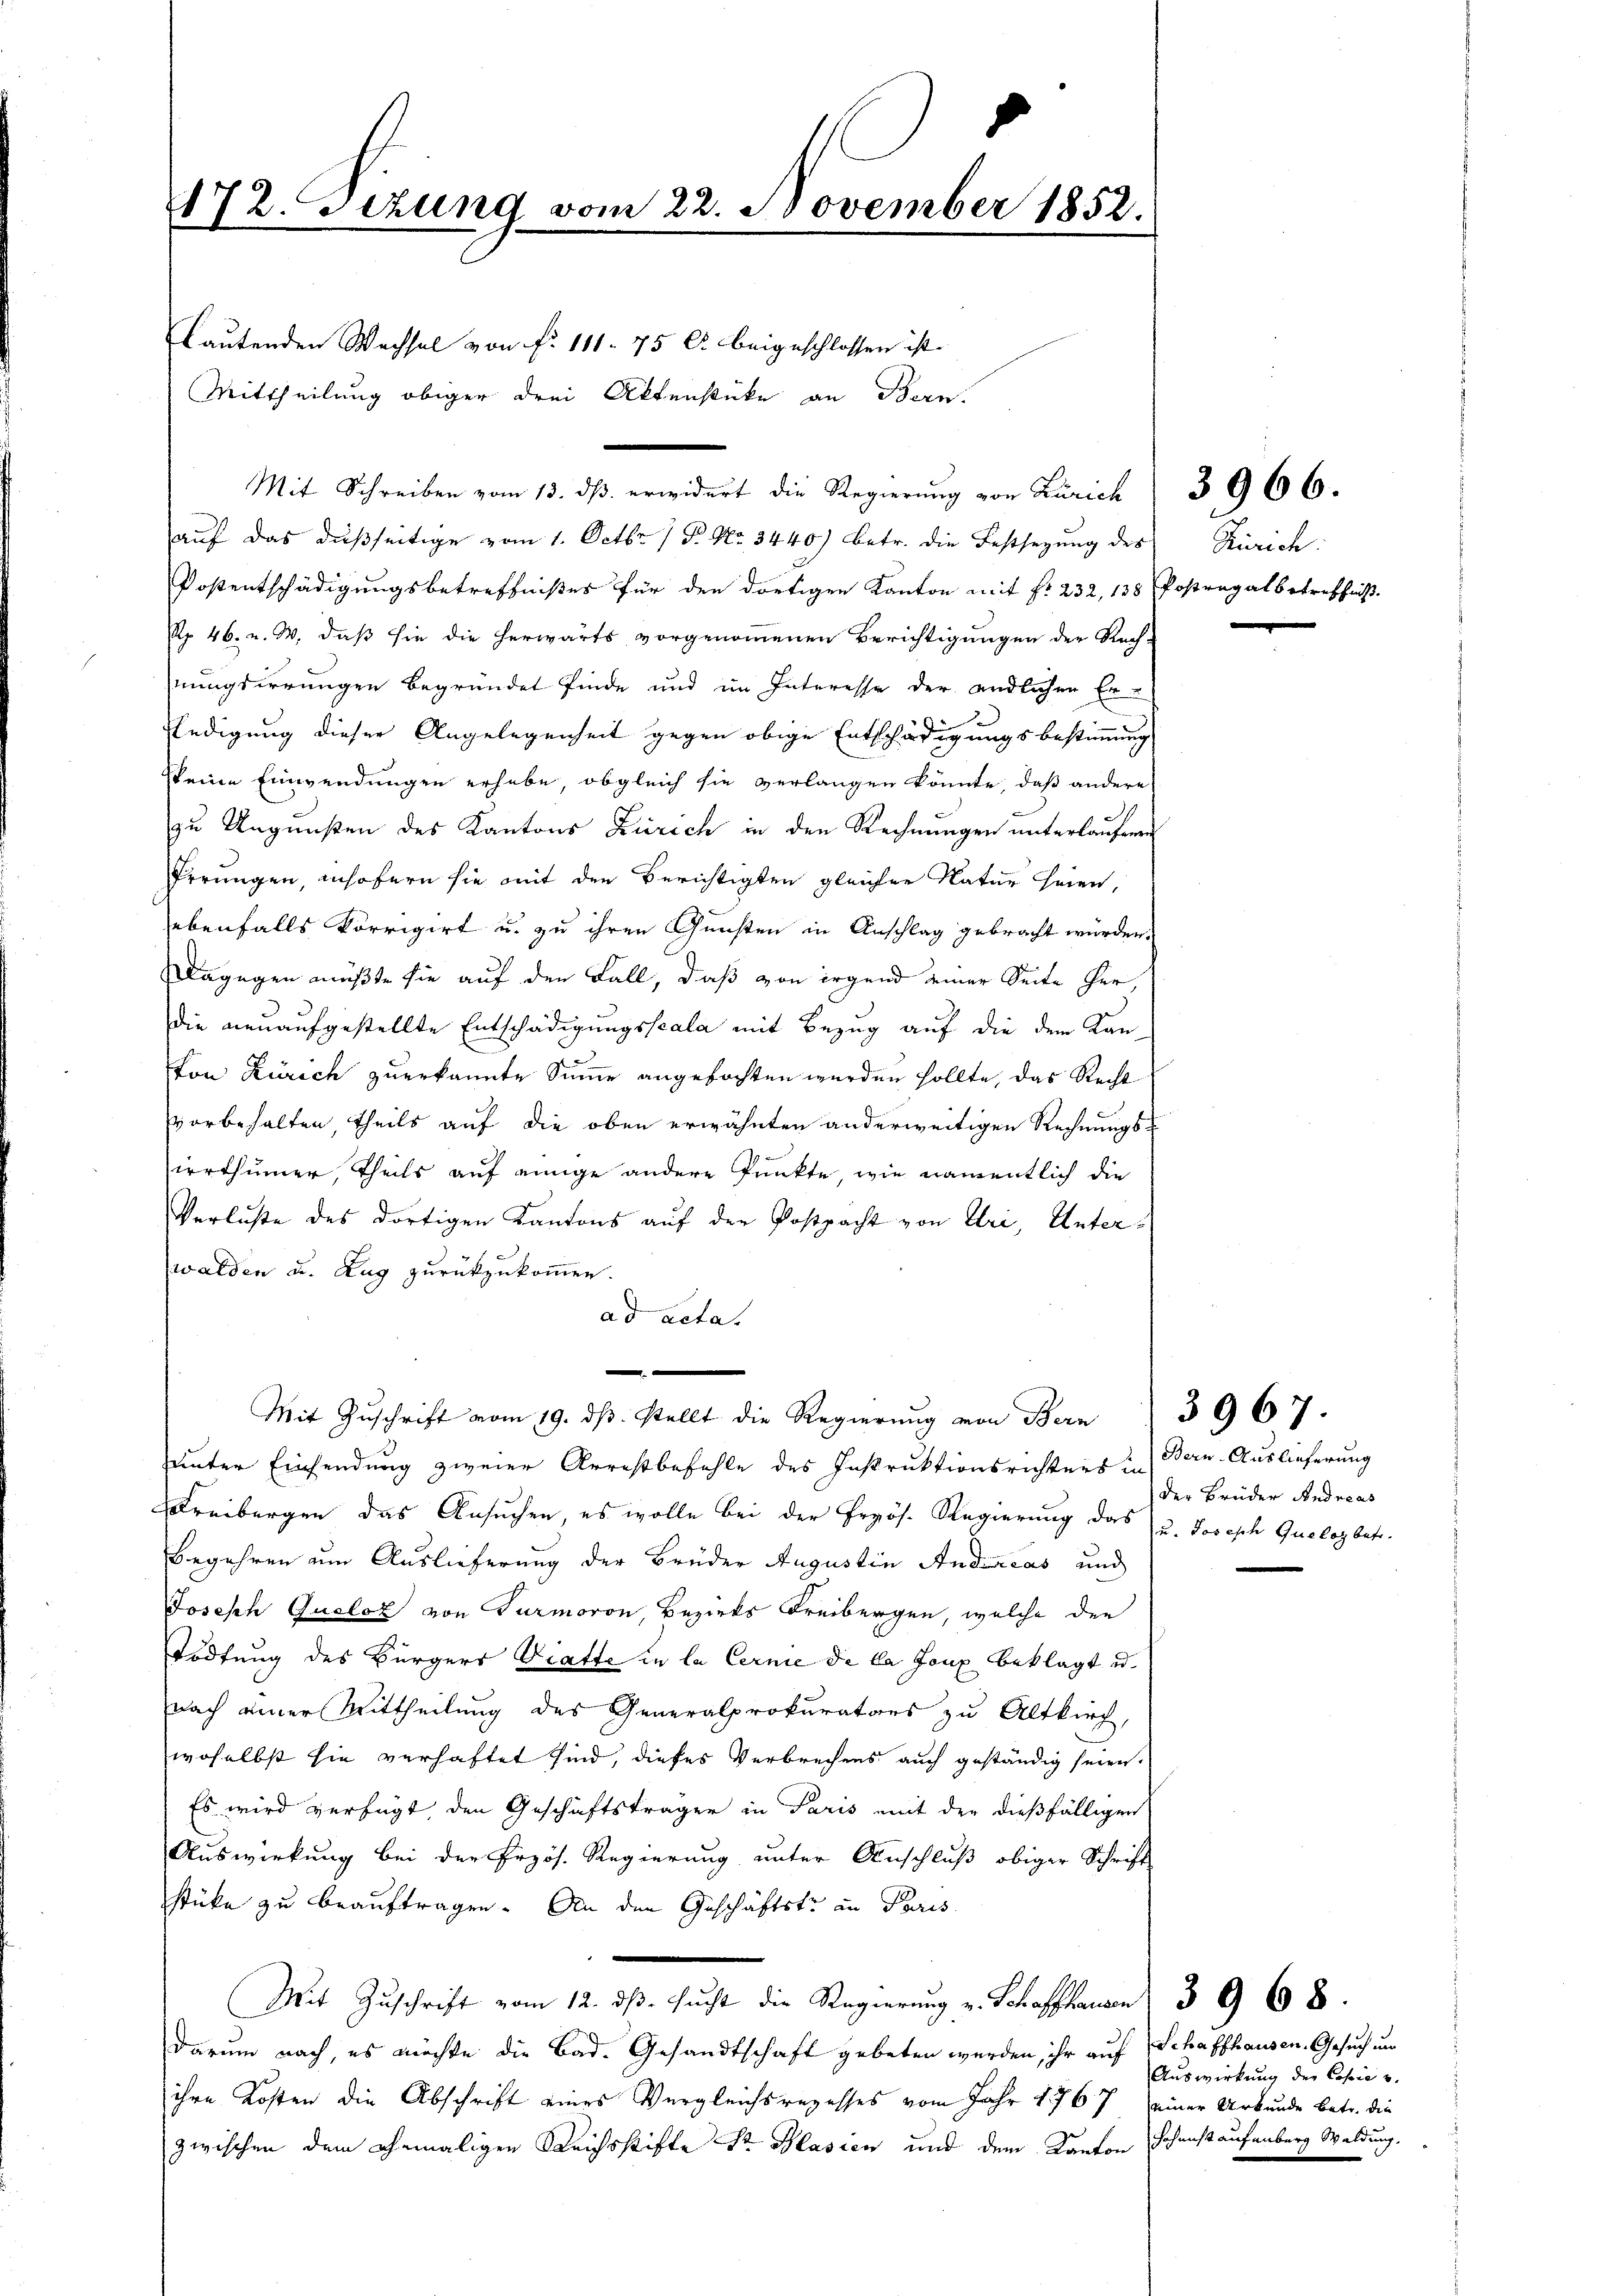
172. Sizung vom 22. November 1852.

auf das dießseitige vom 1. Octbr. 1 S. Nr. 3440) betr. die Festsezung des
Posentschädigungsbetreffnißes für den dortigen Kanton mit fr. 232, 138
Nr. 46. v. M. daß sie die herwärts vorgenommenen Berichtigungen der Rech-
nungsirrungen begründet finde und im Interesse der endlichen Er-
ledigung dieser Angelegenheit gegen obige Entschädigungsbestimmung
keine Einwendungen erhabe, obgleich sie verlangen könnte, daß andere
zu Ungunsten des Kantons Zürich in den Rechnungen unterlaufenen
Errungen, insofern sie mit den Berichtigten gleicher Natur seien,
ebenfalls korrigirt u. zu ihren Gunsten in Anschlag gebracht würden.
Dagegen müßte sie auf den Fall, daß von irgend einer Seite her,
die neuaufgestellte Entschädigungsscala mit Bezug auf die dem Kanton Zürich zuerkannte Sinne angefochten werden sollte, das Recht
vorbehalten, theils auf die oben erwähnten anderweitigen Rechnungsirrthümer, theils auf einige andere Punkte, wie namentlich die
Verluste des dortigen Kantons auf der Postpacht von Uri, Unterwalden u. Zug zurückzukommen.
ad acta.
e
Mit Zuschrift vom 19. ds. stellt die Regierung von Bern
häuter Einsendung zweier Arrestbefehle des Instruktionsrichters in
Freibergen das Ansuchen, es wolle bei der Pryös. Regierung das u. Josisch Quales betr.
Begehren um Auslieferung der Brüder Augustin Andreas und
Joseph Queloz von Turmoron, Bezirks Freibergen, welche den
Tödtung des Bürgers Diatte in la Cernie de la faux beklagt u.
nach einer Mittheilung des Generalprokurators zu Altkirch,
woselbst sie verhaftet sind, dieses Verbrechens auch geständig seien.
Es wird verfügt, den Geschäftsträger in Paris mit der dießfälligen
Auswirkung bei der Erzös. Regierung unter Anschluß obiger Schrift
stüke zu beauftragen. An den Geschäftstr an Paris
Mit Zuschrift vom 12. ds. sucht die Regierung v. Schaffhausen 3 G 68.
darum nach, es möchte die Bad. Gesandtschaft gebeten werden, ihr auf Schaffhausen. Gesuch um
ihre Kosten die Abschrift eines Vergleichsregesses vom Jahr 1767 einer Urkunde betr. die
zwischen dem ehemaligen Reichsstifte Sr. Glasien und dem Kanton Schenstaufenberg Waldung,

s
Mit Schreiben vom 13. ds. erwidert die Regierung von Zürich

lautenden Wachsel von f. 111 75 Ct. beigeschlossen ist.
Mittheilung obiger drei Aktenstücke an Bern.

Zürich.
Postengalbetreffniß.

3966.

Bern-Auslieferung
der Brüder Andreas

3967.

Auswirkung der Copie u.